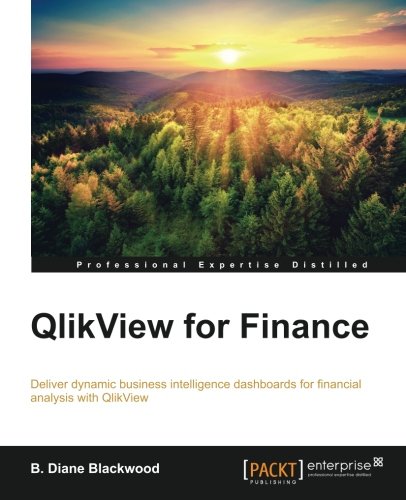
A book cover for Qlikview for Finance; B. Diane Blackwood; Computers & Technology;